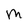
Character: M